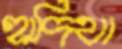
হাদিথা